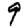
Digit: 9